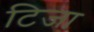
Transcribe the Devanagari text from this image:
टिजा